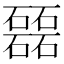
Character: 𥗉